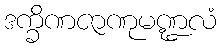
ဒက္ခိဏဇာဏုမဏ္ဍလံ